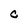
Character: C